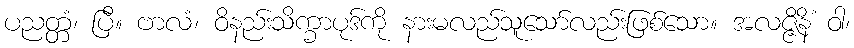
ပညတ္တံ၊ ပြီ။ ဗာလံ၊ ဝိနည်းသိက္ခာပုဒ်ကို နားမလည်သူသော်လည်းဖြစ်သော။ အလဇ္ဇိနိံ ဝါ၊